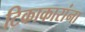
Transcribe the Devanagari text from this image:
टिकाकारांना